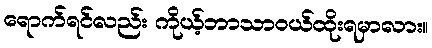
ရောက်ရင်လည်း ကိုယ့်ဘာသာဝယ်ထိုးရမှာလား။